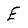
Character: E